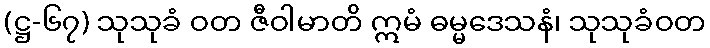
(ဋ္ဌ-၆၇) သုသုခံ ဝတ ဇီဝါမာတိ ဣမံ ဓမ္မဒေသနံ၊ သုသုခံဝတ